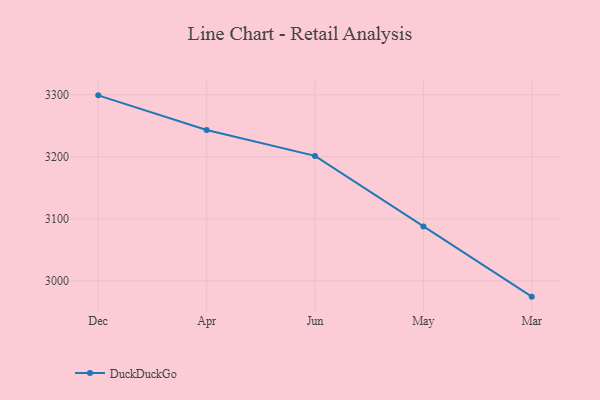
{"axis": {"x": "Month", "y": "Backlog"}, "legend": ["DuckDuckGo"], "data": [{"x": "Dec", "y": 3299.0, "type": "DuckDuckGo"}, {"x": "Apr", "y": 3243.2, "type": "DuckDuckGo"}, {"x": "Jun", "y": 3201.4, "type": "DuckDuckGo"}, {"x": "May", "y": 3087.5, "type": "DuckDuckGo"}, {"x": "Mar", "y": 2974.5, "type": "DuckDuckGo"}]}